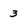
Character: 3